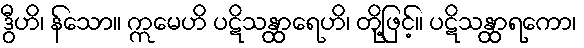
ဒွီဟိ၊ န်သော။ ဣမေဟိ ပဋိသန္ထာရေဟိ၊ တို့ဖြင့်။ ပဋိသန္ထာရကော၊